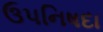
ઉપનિષદા